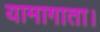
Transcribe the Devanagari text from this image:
यामागाता।